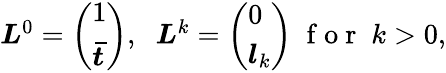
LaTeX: \begin{array}{r}{\boldsymbol L^{0}=\left(\begin{array}{l}{1}\\ {\boldsymbol{\bar{t}}}\end{array}\right),\; \; \boldsymbol L^{k}=\left(\begin{array}{l}{0}\\ {\boldsymbol{l}_{k}}\end{array}\right)\; \mathrm{~f~o~r~}\; k>0,}\end{array}